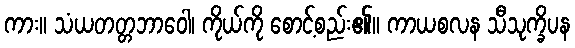
ကား။ သံယတတ္တဘာဝေါ၊ ကိုယ်ကို စောင့်စည်း၏။ ကာယစလန သီသုက္ခိပန